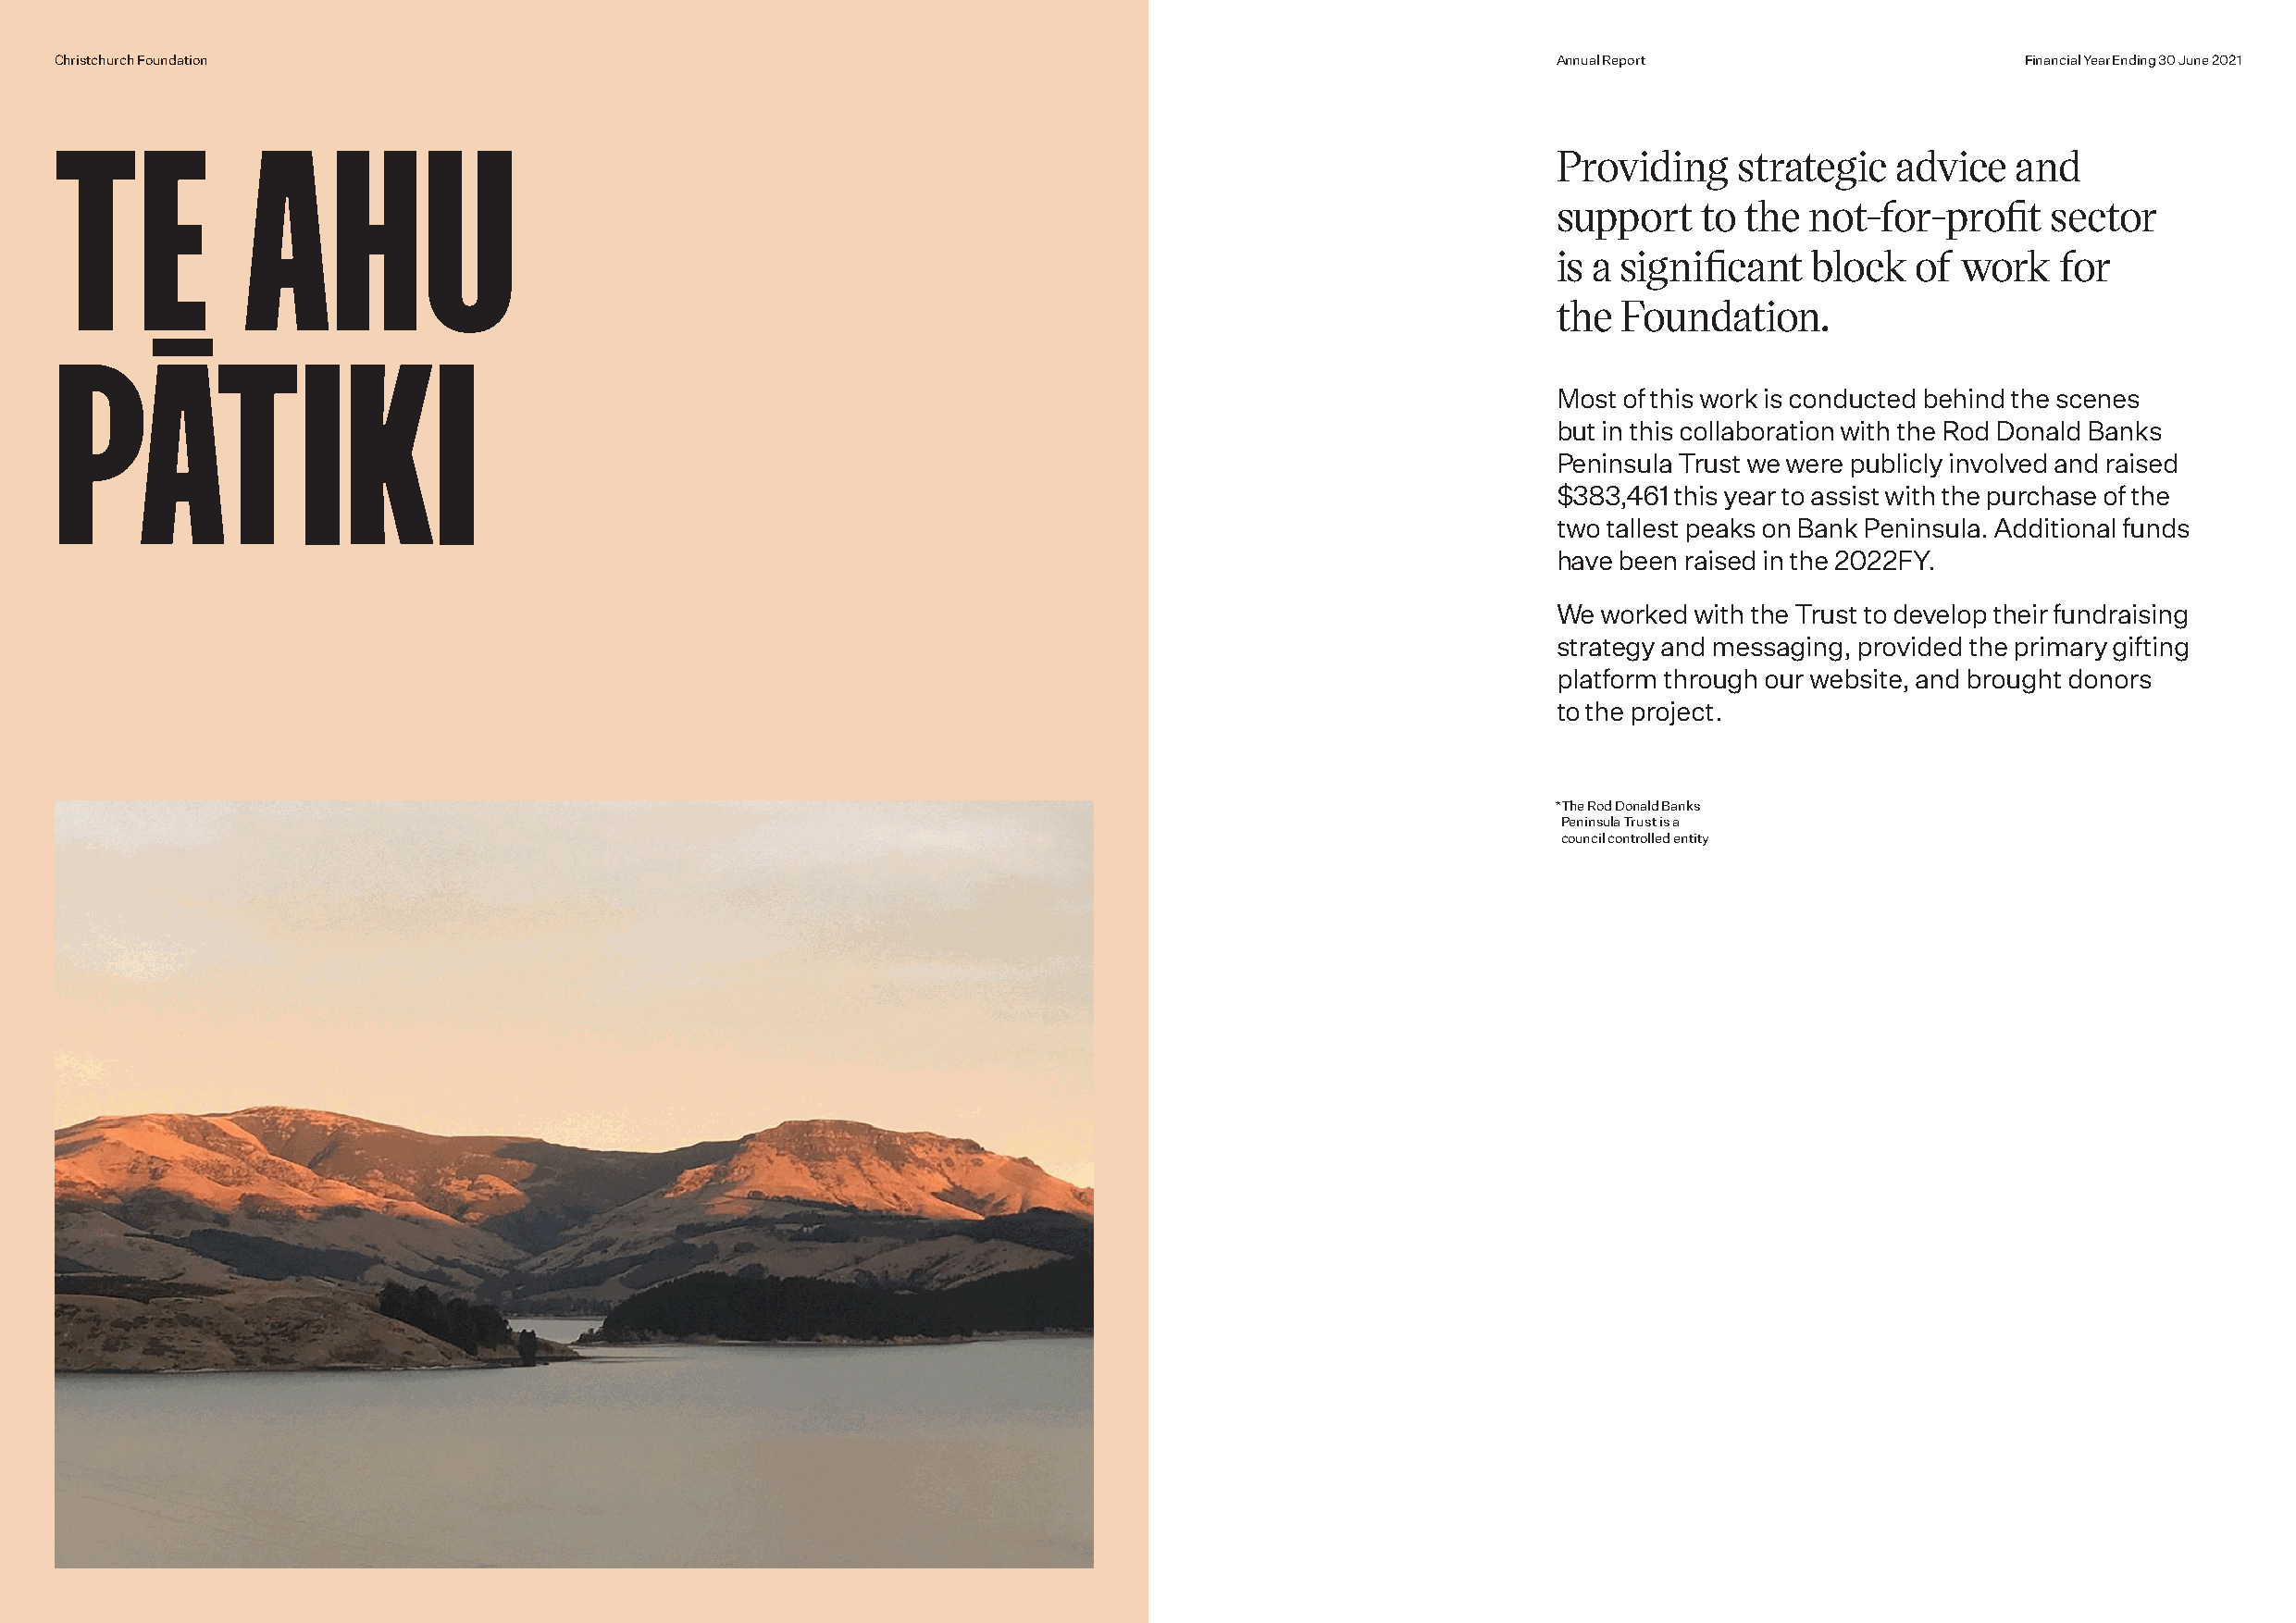
Christchurch Foundation                                                                                    Annual Report                     Financial Year Ending 30 June 2021
 TE           AHU
 Providing    strategic   advice  and
 support    to the not-for-profit    sector
 is a significant   block  of work   for
 the  Foundation.
 PĀTIKI
 Most of this work is conducted behind the scenes
 but in this collaboration with the Rod Donald Banks
 Peninsula Trust we were publicly involved and raised
 $383,461 this year to assist with the purchase of the
 two tallest peaks on Bank Peninsula. Additional funds
 have been raised in the 2022FY.
 We worked with the Trust to develop their fundraising
 strategy and messaging, provided the primary gifting
 platform through our website, and brought donors
 to the project.
 * The Rod Donald Banks
 Peninsula Trust is a
 council controlled entity